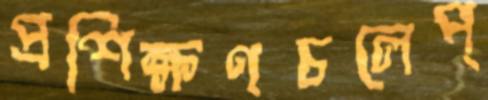
প্রশিক্ষণচলেপ্